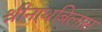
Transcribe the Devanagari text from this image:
श्रीनाथबिलास